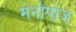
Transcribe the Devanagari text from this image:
मेनोपोज